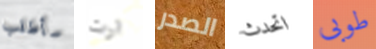
سأطلب ارت الصدر اتحدث طوبى